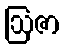
ဩဇာ